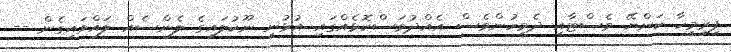
ފިރިމީހާ ކަންޔޭ ވެސްޓާއި ދެމީހުންވެސް އެއްދުވަސްކޮޅެއްގައި އުޅުނީ ނޫކުލައިގެ ލެންސެއް ލައްވައިގެން --